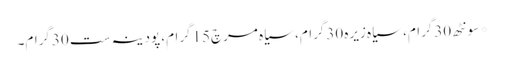
* سونٹھ 30گرام، سیاہ زیرہ 30گرام، سیاہ مرچ15گرام، پودینہ ست 30گرام۔